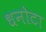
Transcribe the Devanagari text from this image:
धनोटा